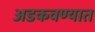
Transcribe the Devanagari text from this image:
अडकवण्यात